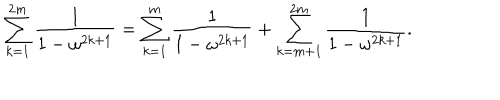
\sum _ { k = 1 } ^ { 2 m } \frac { 1 } { 1 - \omega ^ { 2 k + 1 } } = \sum _ { k = 1 } ^ { m } \frac { 1 } { 1 - \omega ^ { 2 k + 1 } } + \sum _ { k = m + 1 } ^ { 2 m } \frac { 1 } { 1 - \omega ^ { 2 k + 1 } } .